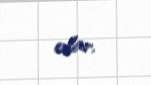
olar.